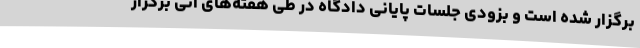
برگزار شده است و بزودی جلسات پایانی دادگاه در طی هفته‌های آتی برگزار